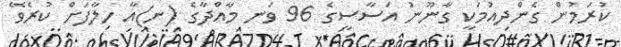
ކުރަމުން ގެންދިއުމަކީ ގާނޫނު އަސާސީގެ 96 ވަަނ މާއްދާގެ (ނ)އާ ހިލާފަށް ކުރެވޭ